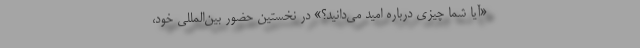
«آیا شما چیزی درباره امید می‌دانید؟» در نخستین حضور بین‌المللی خود،